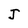
Character: J